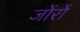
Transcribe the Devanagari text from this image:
जोंरों